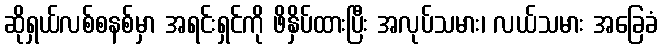
ဆိုရှယ်လစ်စနစ်မှာ အရင်းရှင်ကို ဖိနှိပ်ထားပြီး အလုပ်သမား၊ လယ်သမား အခြေခံ